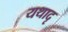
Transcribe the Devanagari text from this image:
यथादृ